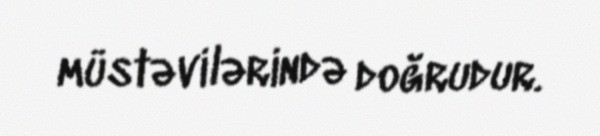
müstəvilərində doğrudur.